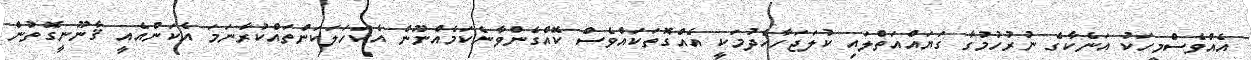
އެއްވެސްމީހަކު އަނެކާގެ ނުރުހުމުގާ ގަޔައްއަތްލައި ކުލަޖަހާހެދުމަކީ އެއްގޮތަކައްވެސް ކޮއްގެންވާނެކަމެއްނޫން އެކަހަލަކަންތައްކުރާނަމަ އެކަންއެއީ ޤާނޫނީގޮތުން